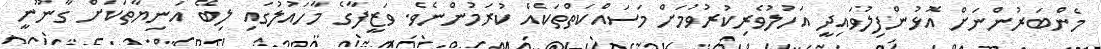
މެންބަރުންނަށް އޮޅުންފިލުވައިދީ އަހުލުވެރިކުރުވުމަށް މަސައްކަތްތަކެއް ކުރަމުންނެވެ. ވަޒީފާގެ މާހައުލުގައި ލިބޭ އަނިޔާތަކަށް ގާނޫނީ